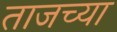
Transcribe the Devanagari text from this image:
ताजच्या